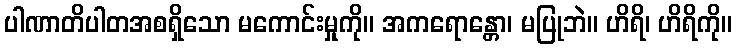
ပါဏာတိပါတအစရှိသော မကောင်းမှုကို။ အကရောန္တော၊ မပြုဘဲ။ ဟိရိ၊ ဟိရိကို။